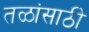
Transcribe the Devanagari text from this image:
तळांसाठी